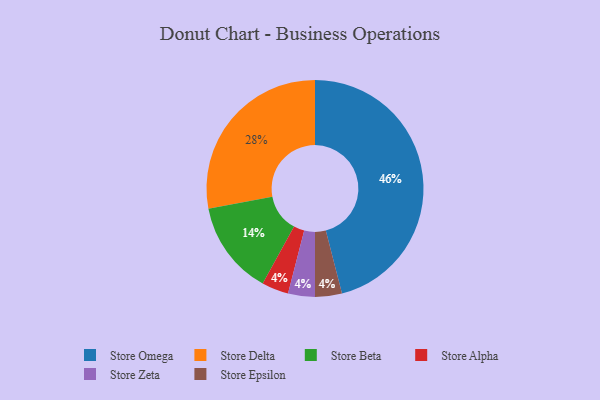
{"axis": {"x": "Category", "y": "Percentage"}, "legend": ["Store Alpha", "Store Beta", "Store Delta", "Store Epsilon", "Store Omega", "Store Zeta"], "data": [{"x": "Store Alpha", "y": 4, "type": "Store Alpha"}, {"x": "Store Zeta", "y": 4, "type": "Store Zeta"}, {"x": "Store Omega", "y": 46, "type": "Store Omega"}, {"x": "Store Epsilon", "y": 4, "type": "Store Epsilon"}, {"x": "Store Delta", "y": 28, "type": "Store Delta"}, {"x": "Store Beta", "y": 14, "type": "Store Beta"}]}